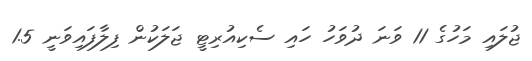
ޖުލައި މަހުގެ 11 ވަނަ ދުވަހު ހައި ސެކިއުރިޓީ ޖަލަކުން ފިލާފައިވަނީ 1.5